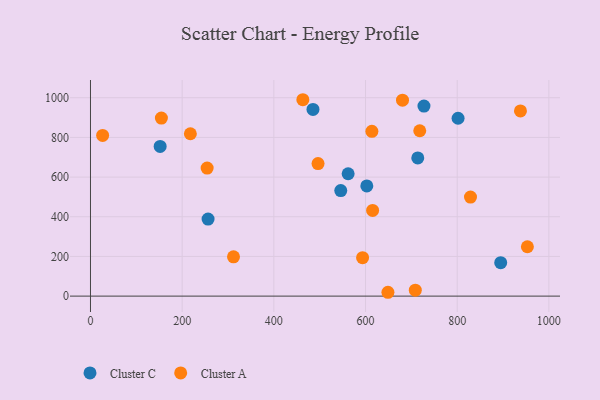
{"axis": {"x": "Engine Size", "y": "Demand"}, "legend": ["Cluster A", "Cluster C"], "data": [{"x": "727.5", "y": 958.1, "type": "Cluster C"}, {"x": "546.0", "y": 532.0, "type": "Cluster C"}, {"x": "152.0", "y": 754.6, "type": "Cluster C"}, {"x": "485.4", "y": 940.8, "type": "Cluster C"}, {"x": "256.5", "y": 388.5, "type": "Cluster C"}, {"x": "714.0", "y": 696.7, "type": "Cluster C"}, {"x": "801.9", "y": 896.6, "type": "Cluster C"}, {"x": "562.1", "y": 616.7, "type": "Cluster C"}, {"x": "602.8", "y": 555.4, "type": "Cluster C"}, {"x": "894.9", "y": 168.8, "type": "Cluster C"}, {"x": "938.0", "y": 933.4, "type": "Cluster A"}, {"x": "829.0", "y": 499.4, "type": "Cluster A"}, {"x": "254.5", "y": 645.3, "type": "Cluster A"}, {"x": "718.3", "y": 833.6, "type": "Cluster A"}, {"x": "615.5", "y": 432.1, "type": "Cluster A"}, {"x": "496.4", "y": 668.0, "type": "Cluster A"}, {"x": "26.5", "y": 810.0, "type": "Cluster A"}, {"x": "593.6", "y": 193.9, "type": "Cluster A"}, {"x": "312.0", "y": 197.9, "type": "Cluster A"}, {"x": "953.1", "y": 248.8, "type": "Cluster A"}, {"x": "708.6", "y": 29.9, "type": "Cluster A"}, {"x": "680.7", "y": 987.4, "type": "Cluster A"}, {"x": "154.7", "y": 897.4, "type": "Cluster A"}, {"x": "648.9", "y": 19.4, "type": "Cluster A"}, {"x": "217.9", "y": 818.3, "type": "Cluster A"}, {"x": "463.3", "y": 989.9, "type": "Cluster A"}, {"x": "613.9", "y": 830.4, "type": "Cluster A"}]}